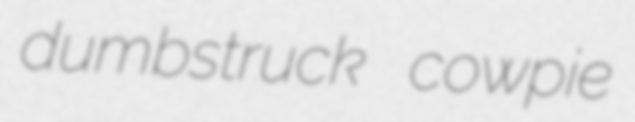
dumbstruck cowpie